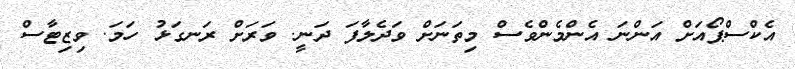
އެކްސްޕޯއަށް އަންނަ އެންމެންވެސް މިތަނަށް ވަދެލާފަ ދަނީ. ވަރަށް ރަނގަޅު ހަމަ. ވިޒިޓާސް